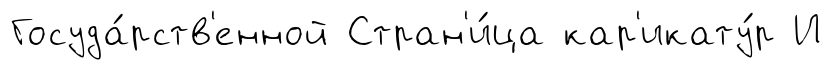
Госуда́рств'енной Стран'и́ца кар'икату́р И